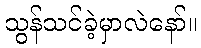
သွန်သင်ခဲ့မှာလဲနော်။